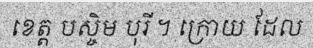
ខេត្ត បស្ចិម បុរី ។ ក្រោយ ដែល